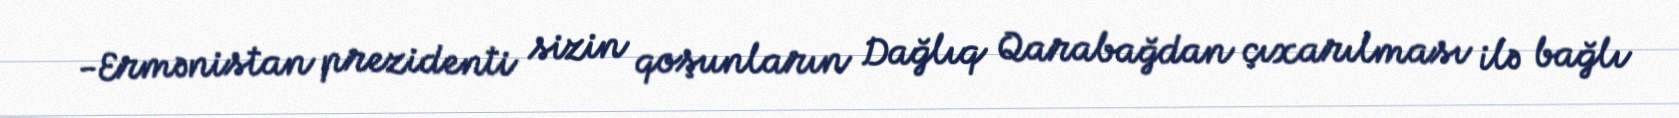
-Ermənistan prezidenti sizin qoşunların Dağlıq Qarabağdan çıxarılması ilə bağlı